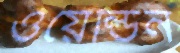
ওয়েল্ডিন